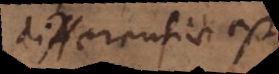
differentiae est